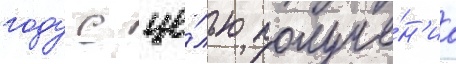
году с це́лью получе́н'иа